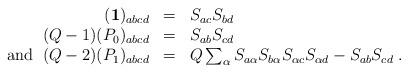
LaTeX: \begin{align*}\begin{array}{rcl}({\bf 1})_{abcd}&=&S_{ac}S_{bd}\\(Q-1)(P_{0})_{abcd}&=&S_{ab}S_{cd}\\{\rm and \;\;} (Q-2)(P_{1})_{abcd}&=&Q\sum_{\alpha}S_{a\alpha}S_{b\alpha}S_{\alpha c}S_{\alpha d}-S_{ab}S_{cd}\;. \end{array}\end{align*}